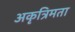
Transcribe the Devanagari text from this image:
अकृत्रिमता